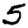
Digit: 5